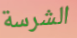
الشرسة